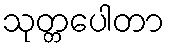
သုတ္တပေါတာ